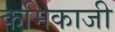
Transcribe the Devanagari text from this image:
कमिकाजी